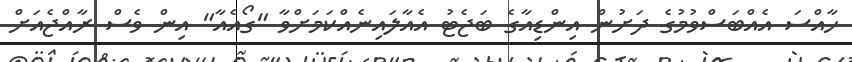
ހާއްސަ އެއްބަސްވުމުގެ ދަށުން އިންޑިއާގެ ބަޖެޓު އެއާލައިނެއްކަމަށްވާ "ގޯއެއާ" އިން ވެސް ރާއްޖެއަށް